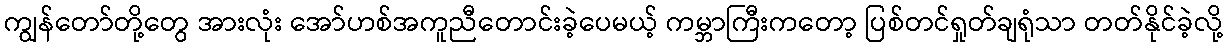
ကျွန်တော်တို့တွေ အားလုံး အော်ဟစ်အကူညီတောင်းခဲ့ပေမယ့် ကမ္ဘာကြီးကတော့ ပြစ်တင်ရှုတ်ချရုံသာ တတ်နိုင်ခဲ့လို့